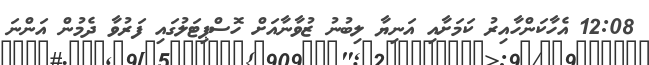
12:08 އެހާކަންހާއިރު ކަމަށާއި އަނިޔާ ލިބުނު ޒުވާނާއަށް ހޮސްޕިޓަލުގައި ފަރުވާ ދެމުން އަންނަ